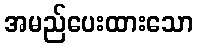
အမည်ပေးထားသော